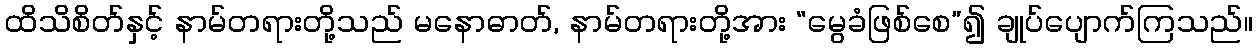
ထိသိစိတ်နှင့် နာမ်တရားတို့သည် မနောဓာတ်, နာမ်တရားတို့အား “မွေခံဖြစ်စေ”၍ ချုပ်ပျောက်ကြသည်။